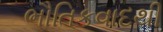
ભૌતિકવાદથી